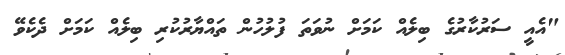
"އެއީ ސަރުކާރުގެ ބިލެއް ކަމަށް ނުވަތަ ފުލުހުން ތައްޔާރުކުރި ބިލެއް ކަމަށް ދެކެވޭ